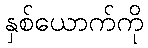
နှစ်ယောက်ကို